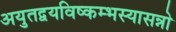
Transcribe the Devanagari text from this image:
अयुतद्वयविष्कम्भस्यासन्नो